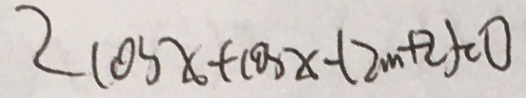
2 \cos x + \cos x - ( 2 m + 2 ) = 0